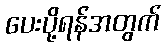
ပေးပို့ရန်အတွက်